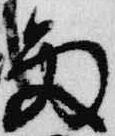
雨